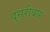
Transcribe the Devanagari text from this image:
दुसरीबार